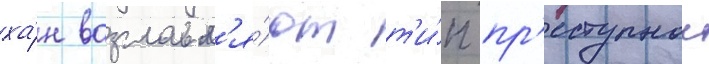
ха́н возглавл'я́ют т'и́п пр'еступнои